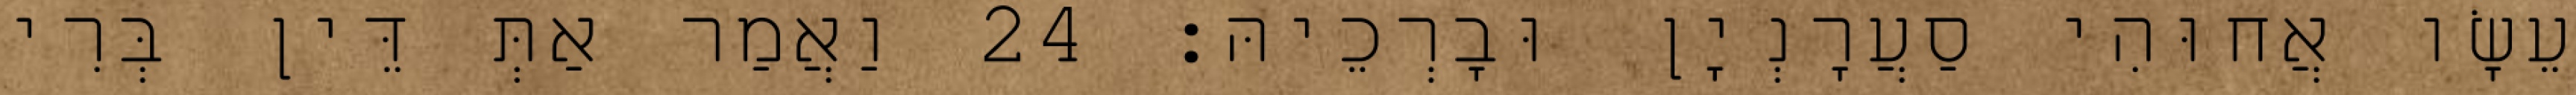
עֵשָׂו אֲחוּהִי סַעֲרָנְיָן וּבָרְכֵיהּ׃ 24 וַאֲמַר אַתְּ דֵּין בְּרִי